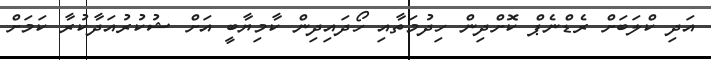
އަދި ކްލަބަށް ރެޑްނެޕް ކޮށްދިން ހިދުމަތާއި ހޯދައިދިން ކާމިޔާބީ އަށް ޝުކުރުއަދާކުރާ ކަމަށް